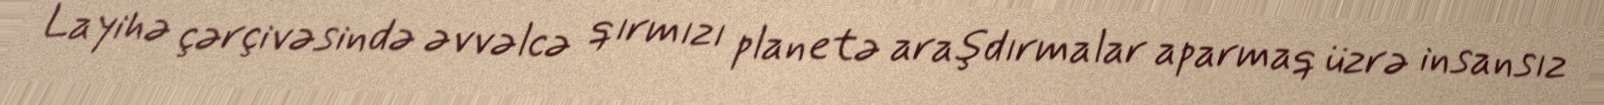
Layihə çərçivəsində əvvəlcə qırmızı planetə araşdırmalar aparmaq üzrə insansız